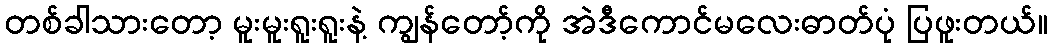
တစ်ခါသားတော့ မူးမူးရူးရူးနဲ့ ကျွန်တော့်ကို အဲဒီကောင်မလေးဓာတ်ပုံ ပြဖူးတယ်။